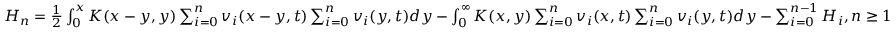
\begin{array} { r } { H _ { n } = \frac { 1 } { 2 } \int _ { 0 } ^ { x } K ( x - y , y ) \sum _ { i = 0 } ^ { n } v _ { i } ( x - y , t ) \sum _ { i = 0 } ^ { n } v _ { i } ( y , t ) d y - \int _ { 0 } ^ { \infty } K ( x , y ) \sum _ { i = 0 } ^ { n } v _ { i } ( x , t ) \sum _ { i = 0 } ^ { n } v _ { i } ( y , t ) d y - \sum _ { i = 0 } ^ { n - 1 } H _ { i } , n \geq 1 } \end{array}